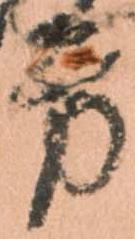
旁